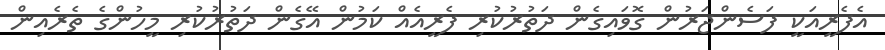
އެފެރީއަކީ ފަސެންޖަރުން ގޮވައިގެން ދަތުރުކުރި ފެރީއެއް ކަމުން އޭގެން ދަތުރުކުރި މީހުންގެ ތެރެއިން